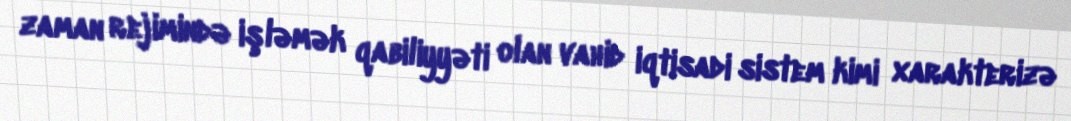
zaman rejimində işləmək qabiliyyəti olan vahid iqtisadi sistem kimi xarakterizə